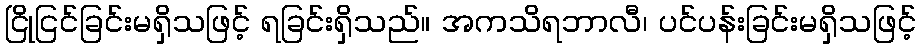
ငြိုငြင်ခြင်းမရှိသဖြင့် ရခြင်းရှိသည်။ အကသိရဘာလီ၊ ပင်ပန်းခြင်းမရှိသဖြင့်